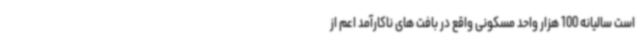
است سالیانه 100 هزار واحد مسکونی واقع در بافت های ناکارآمد اعم از